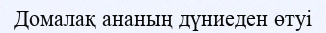
Домалақ ананың дүниеден өтуі